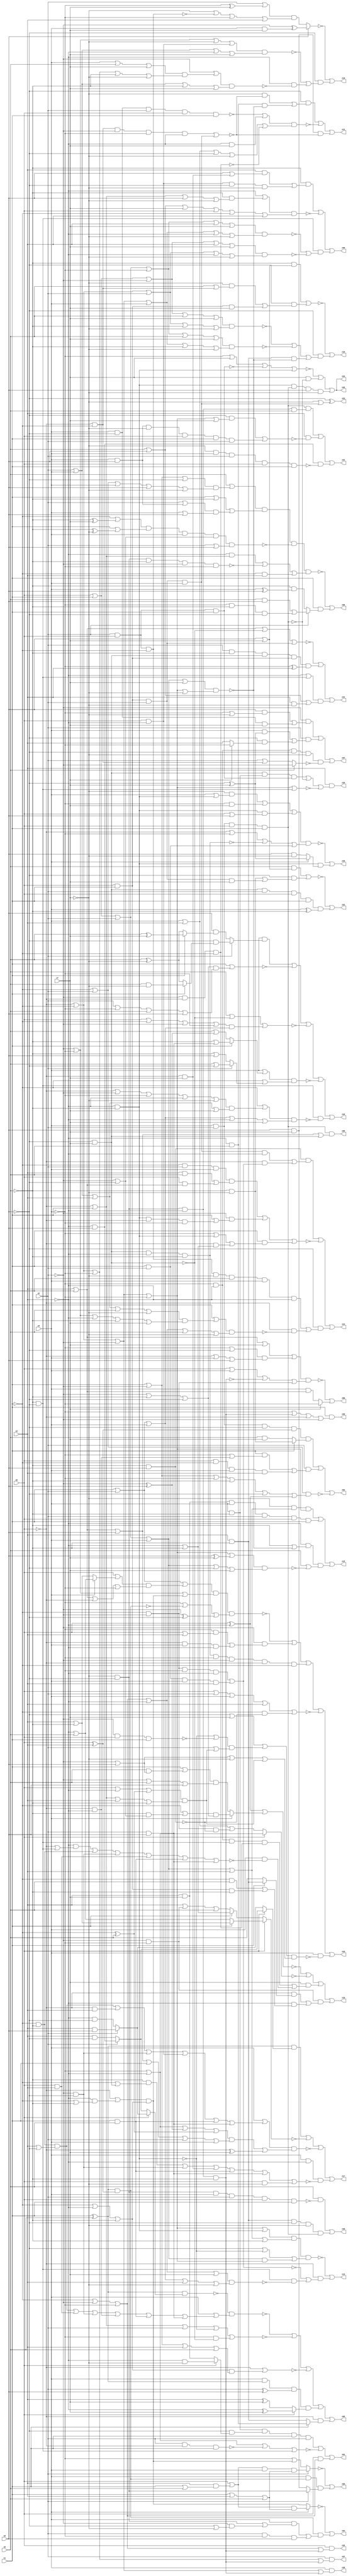
// Benchmark "q_3" written by ABC on Mon Feb 27 16:35:18 2023

module q_3 ( 
    x0, x1, x2, x3, x4, x5, x6, x7,
    z00, z01, z02, z03, z04, z05, z06, z07, z08, z09, z10, z11, z12, z13,
    z14, z15, z16, z17, z18, z19, z20, z21, z22, z23, z24, z25, z26, z27,
    z28, z29, z30, z31, z32  );
  input  x0, x1, x2, x3, x4, x5, x6, x7;
  output z00, z01, z02, z03, z04, z05, z06, z07, z08, z09, z10, z11, z12, z13,
    z14, z15, z16, z17, z18, z19, z20, z21, z22, z23, z24, z25, z26, z27,
    z28, z29, z30, z31, z32;
  wire n43, n44, n46, n47, n48, n49, n50, n52, n53, n54, n55, n57, n58, n60,
    n62, n63, n64, n65, n66, n67, n68, n69, n70, n72, n73, n74, n75, n77,
    n79, n80, n81, n83, n84, n85, n86, n87, n89, n90, n91, n92, n93, n95,
    n96, n97, n98, n99, n101, n102, n103, n105, n106, n107, n108, n109,
    n111, n112, n113, n114, n115, n116, n118, n119, n120, n121, n122, n123,
    n124, n125, n126, n128, n129, n130, n131, n132, n134, n135, n136, n137,
    n138, n139, n141, n142, n143, n144, n145, n147, n148, n149, n151, n152,
    n154, n155, n156, n158, n159, n162, n163, n164, n170, n172, n174, n175,
    n176;
  assign z00 = n44 & (x4 | x5 | x6 | n43);
  assign n43 = ~x6 & x7;
  assign n44 = x3 & x2 & x0 & x1;
  assign z01 = n46 | ~n49 | (x0 & (~x1 | ~x2 | ~x3));
  assign n46 = n48 & n47 & x1 & x2;
  assign n47 = ~x6 & (x0 ? (~x4 & ~x7) : (x4 & x7));
  assign n48 = x3 & ~x5;
  assign n49 = ~x3 | ~x4 | ~n50 | (~x5 & ~x6);
  assign n50 = x2 & ~x0 & x1;
  assign z02 = (n53 & (x1 ? (~x5 & ~x7) : (x5 & x7))) | n52 | ~n54;
  assign n52 = x2 & ((x1 & (~x3 | (~x0 & ~x4))) | (x0 & ~x1 & x3 & x4));
  assign n53 = x2 & x3 & ~x6 & (x0 ^ x4);
  assign n54 = (~x1 | x2) & (x1 | ~x2 | ~x3 | ~x5 | ~x6 | n55);
  assign n55 = x0 ^ ~x4;
  assign z03 = ~n58 | (x3 & n57 & (x2 ? (~x6 & ~x7) : (x6 & x7)));
  assign n57 = (x1 ^ x5) & (x0 ^ x4);
  assign n58 = x2 ? ((x0 | (x4 & (x1 | x5))) & x3 & (x1 | x4 | x5)) : (~x3 | ((~x0 | (~x4 & (~x1 | ~x5))) & (~x1 | ~x4 | ~x5)));
  assign z04 = ~n60 | (n57 & ((x3 & ((~x6 & ~x7) | (~x2 & (~x6 | ~x7)))) | (x2 & ~x3 & x6)));
  assign n60 = x3 ? ((x0 | (x4 & (x1 | x5))) & (x1 | x4 | x5)) : ((~x0 | (~x4 & (~x1 | ~x5))) & (~x1 | ~x4 | ~x5));
  assign z05 = ~n68 | ~n66 | ~n65 | n62 | n64;
  assign n62 = n63 & (x0 ? (~x4 ^ x7) : (x4 ^ x7));
  assign n63 = x3 & (x1 ^ x5) & (x2 ^ x6);
  assign n64 = ~x0 & (x1 ? (~x4 & x5) : (x4 & ~x5));
  assign n65 = ~x0 | ((~x1 | ~x4 | ~x5) & (x1 | ~x2 | x4 | x5));
  assign n66 = ~x0 | x1 | x2 | ~n67 | (~x3 & ~n43);
  assign n67 = ~x4 & ~x5;
  assign n68 = ~n69 & (x3 | n70);
  assign n69 = (x1 ^ x5) & (x0 ? (x2 ? (x4 & x6) : (~x4 & ~x6)) : (x2 ? (~x4 & x6) : (x4 & ~x6)));
  assign n70 = (~x1 & ~x5 & (x4 | ~x6)) | (x0 & x4) | (~x2 & ~x6) | (~x0 & ~x4) | (x1 & x5) | (x2 & x6);
  assign z06 = ~n72 | (x1 & (x2 ? ((x5 & x6) | (~x3 & ~x5 & ~x6)) : (~x5 & (x3 ^ x6))));
  assign n72 = n73 & ~n74 & ((~x4 & (~x0 | x1)) | ~n75 | (~x1 & x4));
  assign n73 = (x5 | ((x1 | ~x2 | ~x6) & (~x1 | x2 | x3 | x6 | ~x7))) & (x1 | ~x5 | ((x2 | (x3 & x6)) & (x3 | x6)));
  assign n74 = (~x1 | (~x5 ^ x7)) & (x1 | (~x5 ^ ~x7)) & x3 & (~x2 | ~x6) & (x2 | x6);
  assign n75 = ~x7 & ~x6 & ~x5 & ~x2 & ~x3;
  assign z07 = (~x2 & ((x6 & (~x3 | ~x7)) | (x3 & ~x6 & x7))) | (x2 & ((x3 & (~x6 ^ x7)) | (~x6 & (x7 ? ~x3 : x4)))) | (~x3 & ~x4 & ~x6 & ~x7 & ~n77);
  assign n77 = x5 ? ~x2 : (x2 | (~x0 & ~x1));
  assign z08 = ~n79 | (x7 ? ~x3 : (x3 & (x4 | x5)));
  assign n79 = n80 & (x0 | x3 | ~n81 | (~x1 & ~x2));
  assign n80 = x4 | x5 | x7 | ((~x3 | ~x6) & (~x0 | x3 | x6));
  assign n81 = ~x7 & ~x6 & ~x4 & ~x5;
  assign z09 = n83 | ~n87 | (n84 & (~n85 | ~n86));
  assign n83 = ~x5 & ((x4 & (x6 | (~x0 & x7))) | (x0 & ~x4 & ~x6 & ~x7));
  assign n84 = ~x5 & ~x6;
  assign n85 = (x0 | x1 | x2 | ~x3 | x4 | x7) & (~x0 | ~x1 | ~x2 | x3 | ~x4 | ~x7);
  assign n86 = (x0 | x1 | ~x2 | x4 | x7) & (~x0 | ~x1 | x2 | ~x4 | ~x7);
  assign n87 = (~x4 | (~x5 & (~x0 | x1 | x6 | ~x7))) & (x5 | x6 | x7 | x0 | ~x1 | x4);
  assign z10 = ~n91 | (~x6 & (~n92 | ~n93 | (n89 & ~n90)));
  assign n89 = x4 & ~x5;
  assign n90 = (x0 | x1 | x2 | x3 | x7) & (~x0 | ~x1 | ~x2 | ~x3 | ~x7);
  assign n91 = (~x5 & (x6 | x7)) | (~x6 & ((~x7 & (x5 | (~x0 & ~x1))) | (x0 & x1 & x7)));
  assign n92 = (x0 | x1 | ~x2 | x5 | x7) & (~x0 | ~x1 | x2 | ~x5 | ~x7);
  assign n93 = (x0 | x1 | x2 | ~x3 | x5 | x7) & (~x0 | ~x1 | ~x2 | x3 | ~x5 | ~x7);
  assign z11 = (~x6 & ((~x7 & ~n96) | (n95 & ~n90))) | ~n97 | (x6 & x7 & ~n96);
  assign n95 = ~x4 & x5;
  assign n96 = (~x0 & ~x1 & ~x2 & ~x3 & ~x4) | (x0 & x1 & x2 & x3);
  assign n97 = (~n99 | (~x4 & x7)) & (x3 | x4 | ~x6 | ~x7 | ~n98);
  assign n98 = ~x2 & ~x0 & ~x1;
  assign n99 = ~x6 & x3 & x2 & x0 & x1;
  assign z12 = n102 | n103 | (~x4 & (~x5 | ~n90) & (x5 | ~n101));
  assign n101 = (~x0 | ~x1 | ~x2 | ~x3 | (x6 ^ x7)) & (x0 | x1 | x2 | x3 | ~x6 | x7);
  assign n102 = ~x7 & (x0 | x1 | x2 | x3 | x4) & (~x0 | ~x1 | ~x2 | ~x3);
  assign n103 = x7 & x4 & x3 & x2 & x0 & x1;
  assign z13 = ~n107 | (~x0 & (~n105 | (~x5 & ~x6 & ~n106)));
  assign n105 = (~x1 & ~x2 & ~x3 & ~x4) | (x1 & x2 & x3 & x4);
  assign n106 = (~x1 | ~x2 | ~x3 | ~x4 | x7) & (x1 | x2 | x3 | x4 | ~x7);
  assign n107 = n109 & (~x6 | ~n67 | n108);
  assign n108 = (x0 | x1 | x2 | x3) & (~x0 | ~x1 | ~x2 | ~x3);
  assign n109 = (~x0 | ~x1 | ~x2 | ~x3 | (~x4 & ~x5)) & (x0 | x1 | x2 | x3 | x4 | ~x5);
  assign z14 = n114 | ~n116 | (~x6 & (n112 | (~x0 & ~n111)));
  assign n111 = (x1 | ((x2 | x3 | x4 | x5 | ~x7) & (~x2 | ~x3 | ~x4 | ~x5 | x7))) & (~x1 | ~x2 | ~x3 | ~x4 | x5 | ~x7);
  assign n112 = n113 & ~x7 & x5 & x3 & ~x4;
  assign n113 = x2 & x0 & ~x1;
  assign n114 = n115 & ((x0 & x1 & x2 & x3 & ~x4) | (~x0 & ((x1 & x2 & x3 & x4) | (~x1 & ~x2 & ~x3 & ~x4))));
  assign n115 = ~x5 & x6;
  assign n116 = (~x1 & x2 & x3 & ((x4 & x5) | (x0 & (x4 | x5)))) | (~x2 & (x1 | (~x4 & ~x5 & ~x0 & ~x3))) | (x1 & (~x3 | (~x4 & ~x5) | (~x0 & (~x4 | ~x5))));
  assign z15 = ~n121 | n123 | n124 | ~n126 | (x3 & ~n118);
  assign n118 = (~x6 | x7 | ((~n67 | ~n119) & (x2 | n120))) & (~x2 | x6 | ~x7 | n120);
  assign n119 = ~x2 & x0 & x1;
  assign n120 = (x0 | ~x4 | (~x1 ^ x5)) & (~x0 | x1 | x4 | ~x5);
  assign n121 = n122 & (~x3 | ~n57 | (~x2 ^ ~x6));
  assign n122 = (x1 | x2 | ((x0 | (x3 ? (~x4 | x5) : (x4 | ~x5))) & (x4 | x5 | ~x0 | ~x3))) & (~x2 | ~x3 | ((~x0 | (~x4 & (~x1 | ~x5))) & (~x1 | ~x4 | ~x5)));
  assign n123 = ~x2 & ((~x3 & (x0 | x4)) | (~x0 & x3 & ~x4));
  assign n124 = n125 & ~x3 & ~x2 & ~x0 & ~x1;
  assign n125 = x7 & ~x6 & ~x4 & ~x5;
  assign n126 = x0 | x2 | x3 | x4 | (~x1 & ~n115);
  assign z16 = ~n132 | ~n131 | n128 | n130;
  assign n128 = x7 & ((~x3 & ~x4 & n84 & n98) | (x3 & ~n129));
  assign n129 = (~x4 & (~x0 | (~x5 & ~x6))) | (~x1 & ~x5) | (~x2 & ~x6) | (x0 & x4) | (x1 & x5) | (x2 & x6);
  assign n130 = ~x2 & ~x3 & ((~x0 & (x1 ? (x4 & ~x5) : x5)) | (~x4 & ((~x1 & x5) | (x0 & x1 & ~x5))));
  assign n131 = x0 ? (~x3 | ~x4) : (x3 | x4 | (~x1 & ~x2 & ~n115));
  assign n132 = n55 | (x3 ? ((~x1 | (~x5 & (~x2 | ~x6))) & (~x2 | ~x5 | ~x6)) : ((x1 | (x5 & (~x2 | x6))) & (~x2 | x5 | x6)));
  assign z17 = n135 | ~n136 | ~n137 | (x3 & ~x4 & ~n134);
  assign n134 = (~x5 & (~x1 | (~x6 & x7))) | (~x2 & ~x6) | (~x0 & x7) | (x1 & x5) | (x2 & x6) | (x0 & ~x7);
  assign n135 = (x1 ^ x5) & (x0 ? (x2 ? (~x4 & x6) : (x4 & ~x6)) : (x2 ? (x4 & x6) : (~x4 & ~x6)));
  assign n136 = x0 ? (x1 ? (x4 | ~x5) : (~x4 | x5)) : (x1 ? (~x4 | ~x5) : (x4 | (~x2 & ~x3) | x5));
  assign n137 = (x3 | n138) & (n139 | (~x0 ^ x7));
  assign n138 = (~x1 & ~x5 & (x4 | ~x6)) | (~x0 & x4) | (~x2 & ~x6) | (x0 & ~x4) | (x1 & x5) | (x2 & x6);
  assign n139 = (~x3 | ~x4 | (~x2 ^ x6) | (~x1 ^ x5)) & (x4 | x5 | x6 | x1 | x2 | x3);
  assign z18 = n141 | ~n143 | ~n144 | ~n145 | (n84 & ~n142);
  assign n141 = x3 & (x2 ? (~x6 & (x1 ? (x5 & ~x7) : (x5 ^ ~x7))) : (x6 & (x1 ? (x5 ^ x7) : (x5 ^ ~x7))));
  assign n142 = (~x1 | ((~x0 | ~x2 | ~x3 | ~x4 | ~x7) & (x2 | x3 | x4 | x7))) & (x1 | x2 | x3 | ~x4 | x7);
  assign n143 = x1 | ((~x2 | ~x5 | ~x6) & (x2 | ~x3 | x5 | x6));
  assign n144 = x5 | ~n43 | ((x0 | ~x1 | ~x2 | ~x3) & (x1 | x2 | x3));
  assign n145 = (x3 | (x1 ? (~x5 | (x2 & x6)) : (x5 | (~x2 ^ x6)))) & (~x1 | (x2 ? (x5 | ~x6) : (~x5 | x6)));
  assign z19 = ~n149 | (~x6 & (~n147 | (~x4 & ~n148)));
  assign n147 = (~x2 | ~x3 | ~x7 | (x0 & ~x4)) & (x2 | x3 | ~x4 | x7);
  assign n148 = (~x2 | ((x3 | x5 | x7) & (~x0 | ~x1 | ~x3 | ~x5 | ~x7))) & (x2 | x3 | ~x5 | x7);
  assign n149 = x6 ? (~x2 ^ (x3 & x7)) : ((x2 | (~x3 ^ x7)) & (~x7 | ~n113 | ~x3 | x4));
  assign z20 = ~n151 | (n67 & (x3 ? (~x6 ^ x7) : (x6 & ~x7)));
  assign n151 = n152 & (~x0 | ~x3 | ~n125 | (x1 & x2));
  assign n152 = (~x7 & (x3 | (~x4 & ~x5))) | (~x3 & x7) | (~x4 & ~x5 & (x0 | x6));
  assign z21 = ~n154 | n155 | ((~x4 | (~x5 & ~x6)) & (x5 | x6 | (x4 & ~x7)));
  assign n154 = x4 | x5 | ~n43 | (x0 & x1 & x2);
  assign n155 = x2 & ~x5 & n43 & n156 & (~x3 ^ x4);
  assign n156 = x0 & x1;
  assign z22 = ~n159 | (n158 & (x3 ^ ~x5));
  assign n158 = x7 & ~x6 & x2 & x0 & x1;
  assign n159 = (x5 & (x6 | x7)) | (~x6 & ((~x5 & ~x7) | (x0 & x1 & x2 & x7)));
  assign z23 = ~x6 ^ (~x7 | (x0 & x1 & x2 & x3));
  assign z24 = ~n163 | (x7 & ~n162) | (n67 & n44 & x6 & ~x7);
  assign n162 = x3 & x2 & x0 & x1;
  assign n163 = ~x3 | x7 | ~n164 | (~x4 & ~x5);
  assign n164 = x2 & x0 & x1;
  assign z25 = x0 & (~x1 | ~x2 | ~x3 | n81);
  assign z26 = x1 & (~x3 | n81 | ~x0 | ~x2);
  assign z27 = x2 & (~x0 | ~x1 | ~x3 | n81);
  assign z28 = x3 & (~x0 | ~x1 | ~x2 | n81);
  assign z29 = x4 & ((n43 & n48 & n164) | ~n162 | ~n170);
  assign n170 = ~x0 | ~x1 | ~x2 | ~x3 | (~x5 & ~x6);
  assign z30 = (x5 & ~n172) | (x4 & ~x5 & ~x6 & ~x7 & n44);
  assign n172 = ~x7 & ~x6 & x3 & x2 & x0 & x1;
  assign z31 = (n44 & n176) | (x4 & ~n174) | (~x4 & x6 & ~n175);
  assign n174 = (~x6 & (~x0 | ~x1 | ~x2 | ~x3 | x7)) | (x3 & x6 & ~x7 & x0 & x1 & x2);
  assign n175 = ~x7 & x3 & x2 & x0 & x1;
  assign n176 = ~x7 & ~x6 & ~x4 & x5;
  assign z32 = ~n163 | (x7 & ~n162) | (n67 & n44 & x6 & ~x7);
endmodule